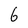
Character: 6